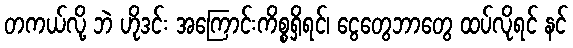
တကယ်လို့ ဘဲ ဟိုဒင်း အကြောင်းကိစ္စရှိရင်၊ ငွေတွေဘာတွေ ထပ်လိုရင် နင်